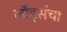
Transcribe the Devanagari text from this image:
लॉर्ड्सचा